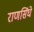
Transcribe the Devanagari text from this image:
राणसिंघे